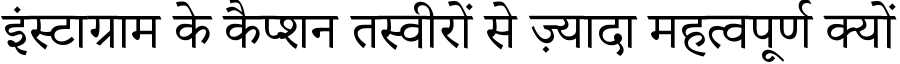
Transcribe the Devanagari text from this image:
इंस्टाग्राम के कैप्शन तस्वीरों से ज़्यादा महत्वपूर्ण क्यों